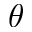
\theta